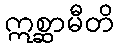
ဣစ္ဆာမီတိ